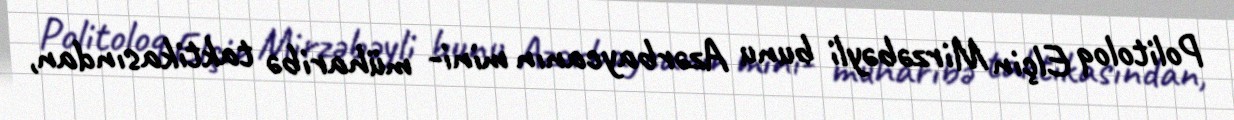
Politoloq Elçin Mirzəbəyli bunu Azərbaycanın mini- müharibə taktikasından,